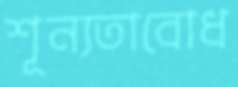
শূন্যতাবোধ